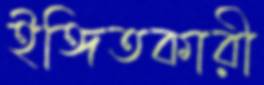
ইঙ্গিতকারী